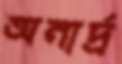
অনার্দ্র